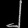
Digit: ၂